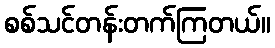
စစ်သင်တန်းတက်ကြတယ်။